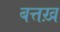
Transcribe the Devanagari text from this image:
बत्तख़